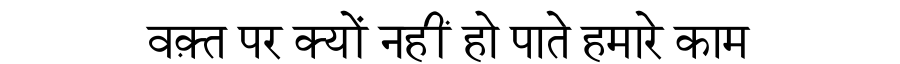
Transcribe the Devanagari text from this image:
वक़्त पर क्यों नहीं हो पाते हमारे काम